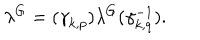
LaTeX: \lambda ^ { G } = ( { \gamma } _ { k , p } ) \lambda ^ { G } ( { \gamma } _ { k , q } ^ { - 1 } ) .